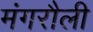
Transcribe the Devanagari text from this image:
मंगरौली